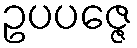
ဥပပဇ္ဇေ